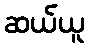
ဆယ်ယူ